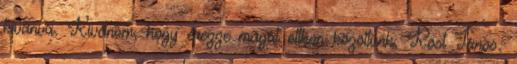
kívánva. Kívánom, hogy érezze magát otthon közöttünk. Röst János: